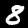
Label: 8